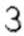
3